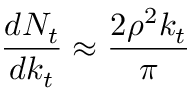
\frac { d N _ { t } } { d k _ { t } } \approx \frac { 2 \rho ^ { 2 } k _ { t } } { \pi }